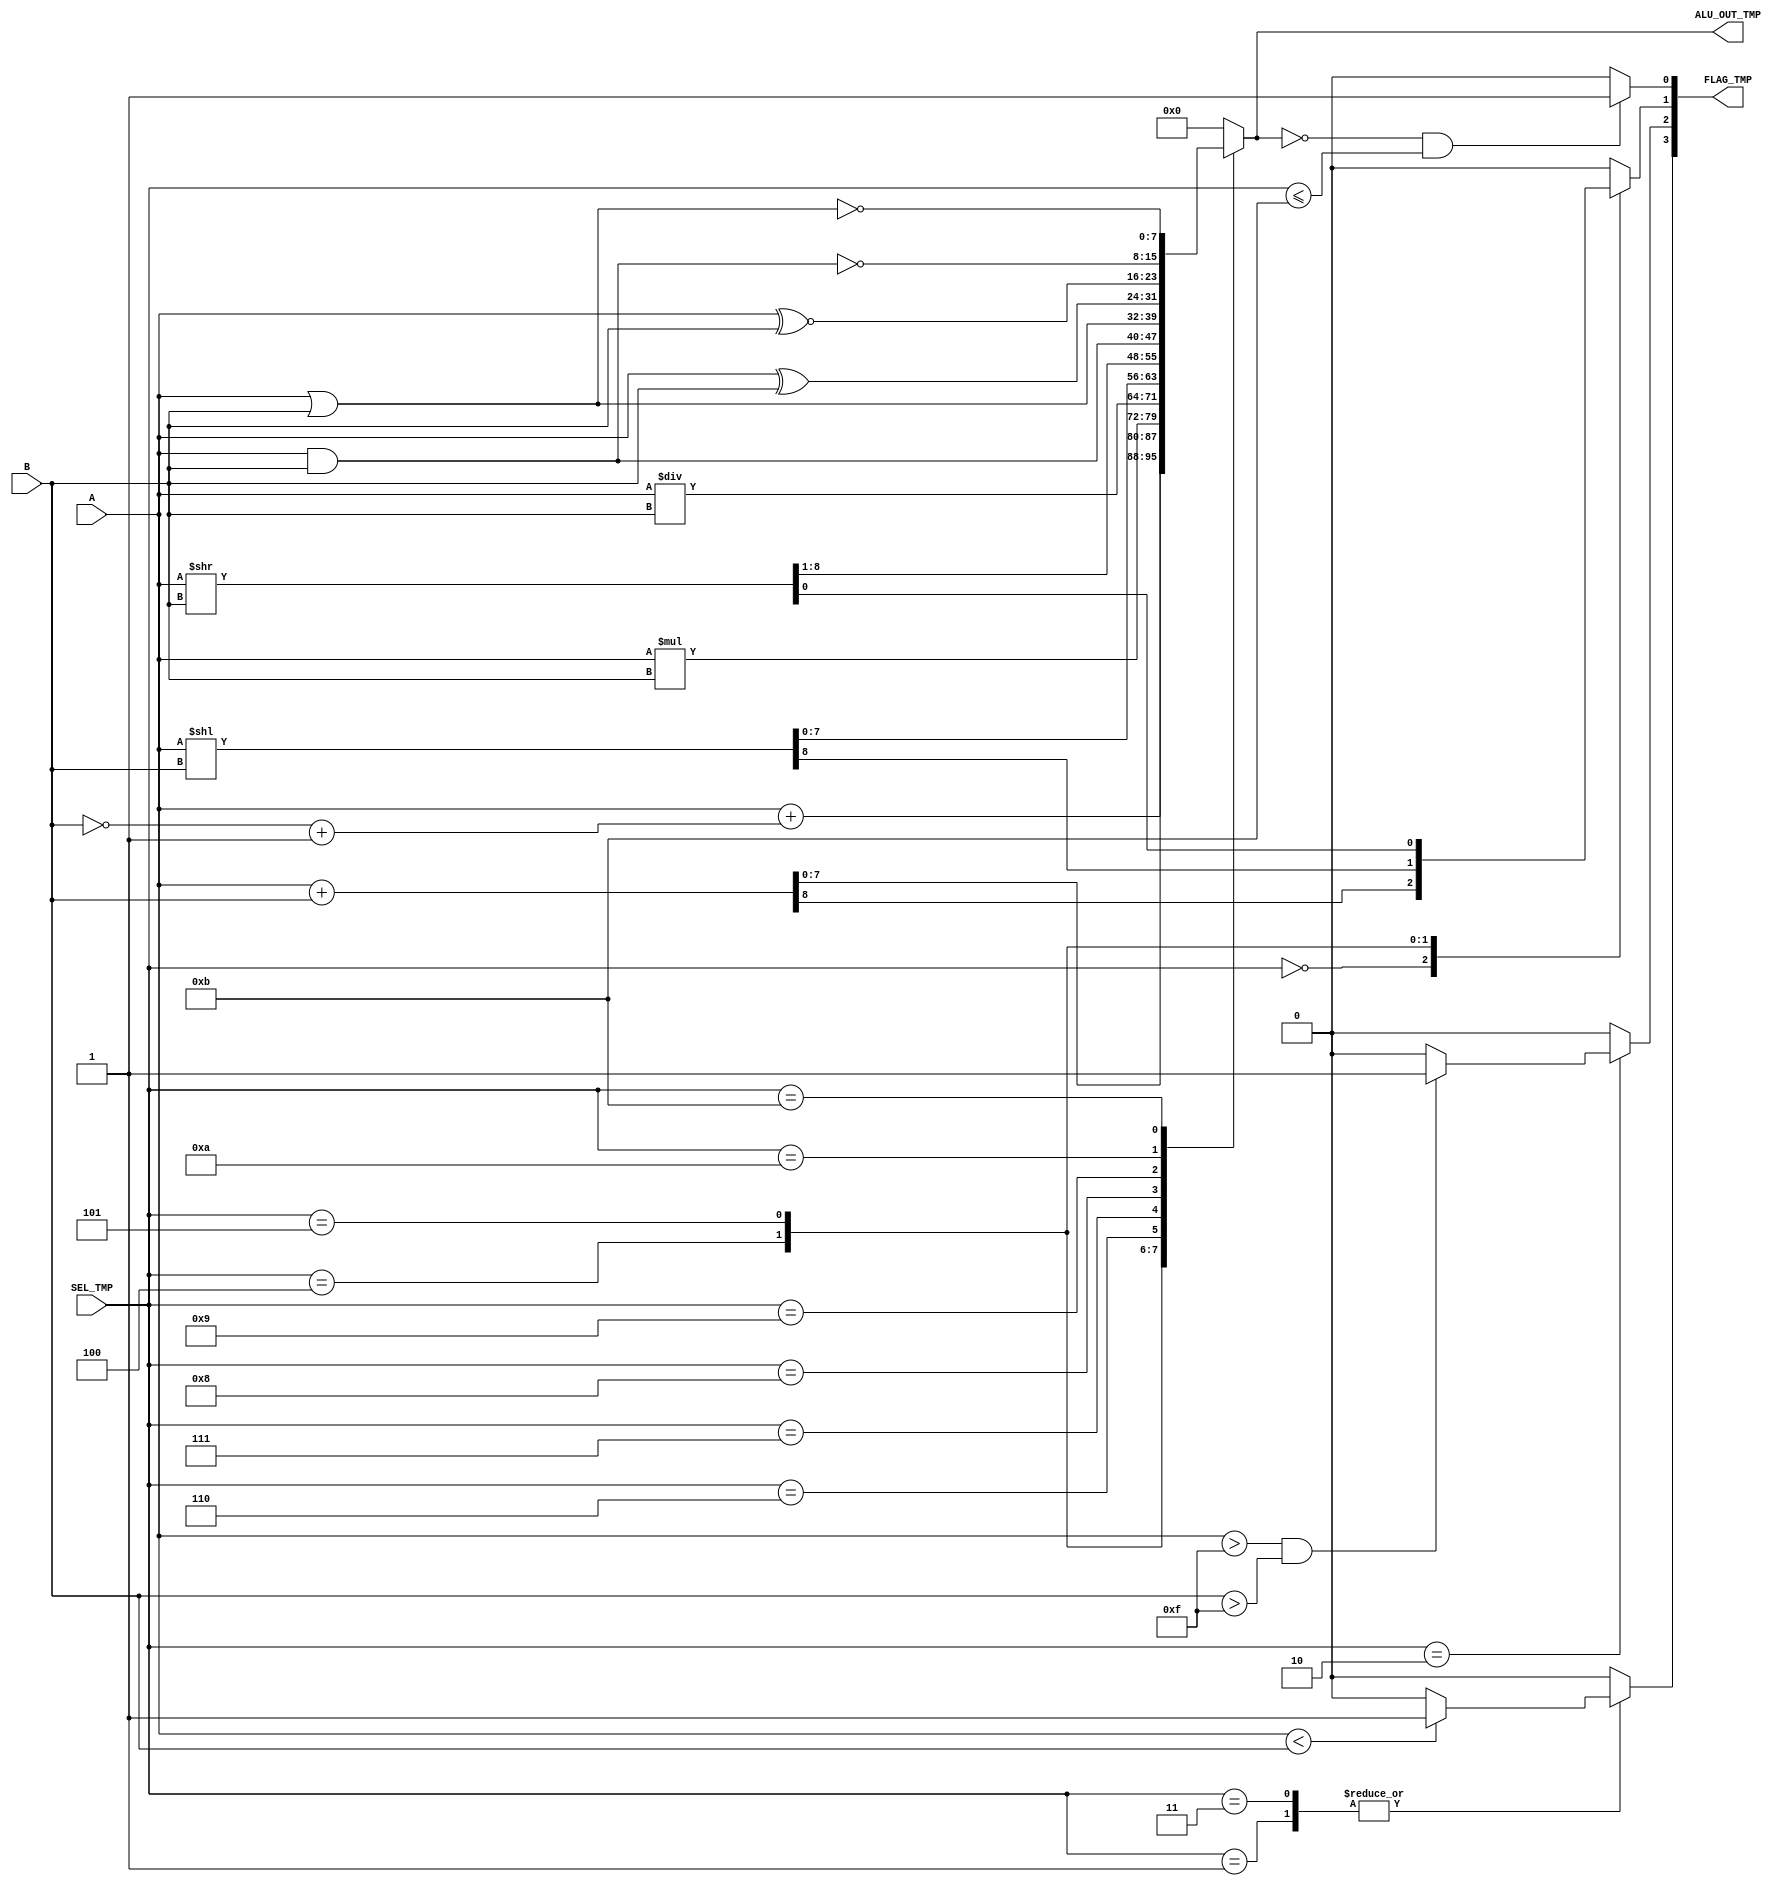
module M_ALU(

    input [7:0] A,
    input [7:0] B,
    input [3:0] SEL_TMP,
    output reg [7:0] ALU_OUT_TMP,
    output reg [3:0] FLAG_TMP

);

reg zf = 1'b0;
reg cf = 1'b0;
reg of = 1'b0;
reg uf = 1'b0;
reg [7:0] neg;

always @(*) begin

zf = 1'b0;
cf = 1'b0;
of = 1'b0;
uf = 1'b0;

    case(SEL_TMP)

        4'h0:

            {cf, ALU_OUT_TMP} = A + B;
        
        4'h1: begin

            if(A < B)
                uf = 1;

            neg = ~B + 1;

            ALU_OUT_TMP = A + neg;

            end

        4'h2: begin

            if(A > 8'hF && B > 8'hF)
                of = 1;

            ALU_OUT_TMP = A * B;

        end

        4'h3: begin

            if(A < B)
                uf = 1;

            ALU_OUT_TMP = A / B;

        end

        4'h4: begin

            {cf, ALU_OUT_TMP} = A << B;

        end

        4'h5: begin

            {ALU_OUT_TMP, cf} = A >> B;

        end

        4'h6:

            ALU_OUT_TMP = A & B;

        4'h7:

            ALU_OUT_TMP = A | B;

        4'h8:

            ALU_OUT_TMP = A ^ B;

        4'h9:

            ALU_OUT_TMP = A ~^ B;

        4'hA:

            ALU_OUT_TMP = A ~& B;

        4'hB:

            ALU_OUT_TMP = A ~| B;

        default: begin

            ALU_OUT_TMP = 8'h00;
            FLAG_TMP = 4'h0;

        end

    endcase

    if(ALU_OUT_TMP == 0 && SEL_TMP <= 4'hB)

        zf = 1;

    FLAG_TMP = {uf, of, cf, zf};


end


endmodule